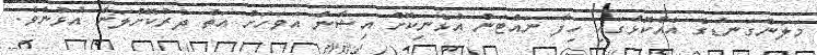
މަލަންގަނޑުގެ އެއްކޮޅުގައި ހިފާ ނައްޓަން އުޅެނިކޮށް އިޝާން އަވަހަށް އަތް ދުރުކޮށްލަން އުޅުނެވެ.